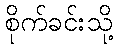
စိုက်ခင်းသို့